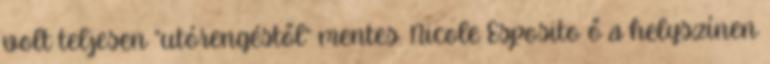
volt teljesen “utórengéstől” mentes. Nicole Esposito ő a helyszínen